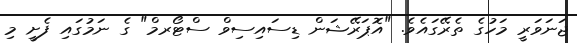
ޖަނަވަރީ މަހުގެ ތެރޭގައެވެ. "އޮޕަރޭޝަން ޑިސައިސިވް ސްޓޯރމް" ގެ ނަމުގައި ފެށީ މި